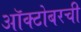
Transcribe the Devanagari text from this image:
ऑक्टोबरची